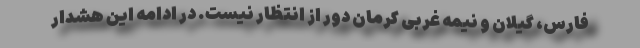
فارس، گیلان و نیمه غربی کرمان دور از انتظار نیست. در ادامه این هشدار